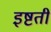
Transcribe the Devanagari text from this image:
इष्टती